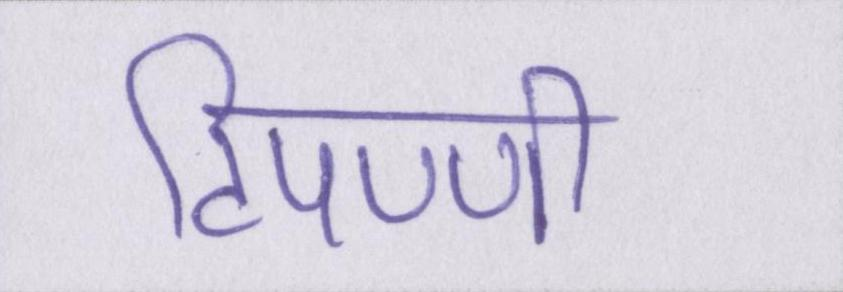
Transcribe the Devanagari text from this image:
टिपण्णी